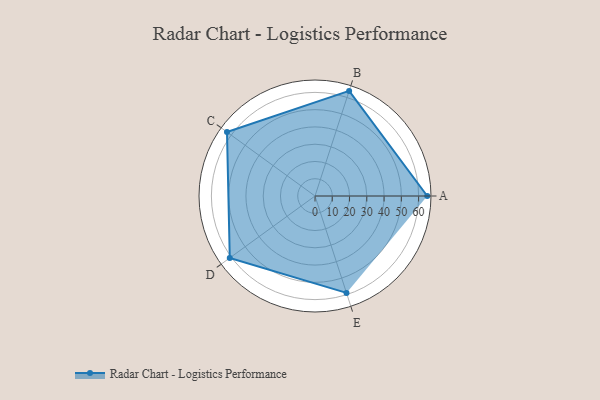
{"axis": {"x": "Skill", "y": "Score"}, "legend": ["Profile"], "data": [{"x": "A", "y": 65.0, "type": "Profile"}, {"x": "B", "y": 64.0, "type": "Profile"}, {"x": "C", "y": 63.0, "type": "Profile"}, {"x": "D", "y": 61.0, "type": "Profile"}, {"x": "E", "y": 59.0, "type": "Profile"}]}